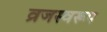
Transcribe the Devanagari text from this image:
व्रजस्वरूप